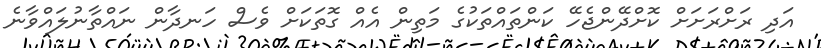
އަދި ރަށްރަށަށް ކޮށްދޭންޖެހޭ ކަންތައްތަކުގެ މަތިން އެއް ގޮތަކަށް ވެސް ހަނދާން ނައްތާނުލައްވާނެ